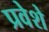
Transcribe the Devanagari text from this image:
प्रवेशे